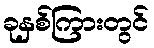
ခုနှစ်ကြားတွင်